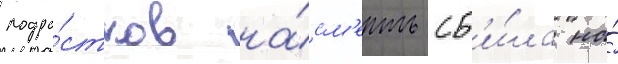
подро́стков на́см'ерть сб'и́ла на́